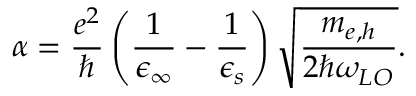
\alpha = \frac { e ^ { 2 } } { \hbar } \left( \frac { 1 } { \epsilon _ { \infty } } - \frac { 1 } { \epsilon _ { s } } \right) \sqrt { \frac { m _ { e , h } } { 2 \hbar \omega _ { L O } } } .